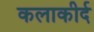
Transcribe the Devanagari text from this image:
कलाकीर्द